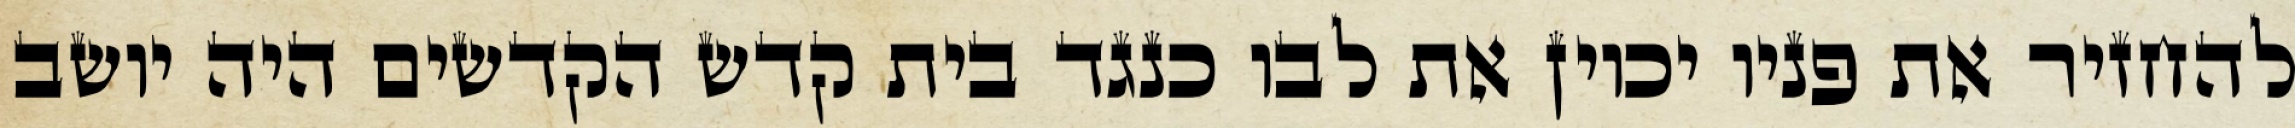
להחזיר את פניו יכוין את לבו כנגד בית קדש הקדשים היה יושב